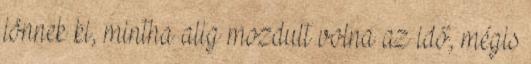
jönnek ki, mintha alig mozdult volna az idő, mégis